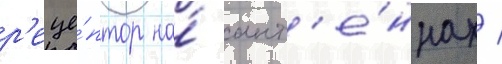
р'еце́птор на́ ант'е́ннах /